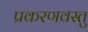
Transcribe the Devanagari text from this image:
प्रकरणवस्तु